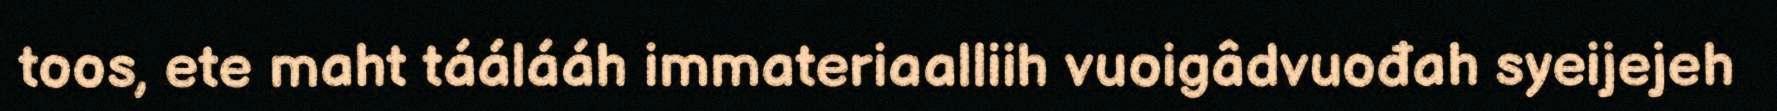
toos, ete maht táálááh immateriaalliih vuoigâdvuođah syeijejeh